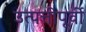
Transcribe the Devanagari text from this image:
उत्पत्तीपूर्वी